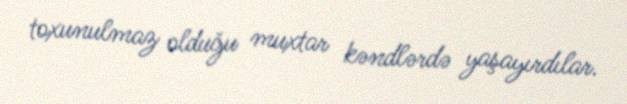
toxunulmaz olduğu muxtar kəndlərdə yaşayırdılar.